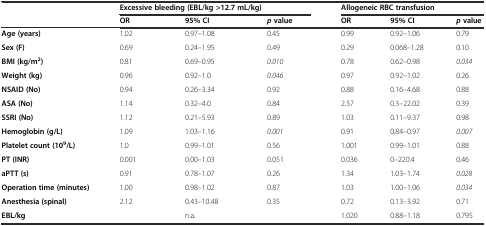
|  | <COLSPAN=3> Excessive bleeding (EBL/kg >12.7 mL/kg) | <COLSPAN=3> Allogeneic RBC transfusion |
 |  | OR | 95% CI | pvalue | OR | 95% CI | pvalue |
 | --- | --- | --- | --- | --- | --- | --- |
 | Age (years) | 1.02 | 0.97–1.08 | 0.45 | 0.99 | 0.92–1.06 | 0.79 |
 | Sex(F) | 0.69 | 0.24–1.95 | 0.49 | 0.29 | 0.068–1.28 | 0.10 |
 | BMI (kg/m2) | 0.81 | 0.69–0.95 | 0.010 | 0.78 | 0.62–0.98 | 0.034 |
 | Weight (kg) | 0.96 | 0.92–1.0 | 0.046 | 0.97 | 0.92–1.02 | 0.26 |
 | NSAID (No) | 0.94 | 0.26–3.34 | 0.92 | 0.88 | 0.16–4.68 | 0.88 |
 | ASA (No) | 1.14 | 0.32–4.0 | 0.84 | 2.57 | 0.3–22.02 | 0.39 |
 | SSRI (No) | 1.12 | 0.21–5.93 | 0.89 | 1.03 | 0.11–9.37 | 0.98 |
 | Hemoglobin (g/L) | 1.09 | 1.03–1.16 | 0.001 | 0.91 | 0.84–0.97 | 0.007 |
 | Platelet count (109/L) | 1.0 | 0.99–1.01 | 0.56 | 1.001 | 0.99–1.01 | 0.88 |
 | PT (INR) | 0.001 | 0.00–1.03 | 0.051 | 0.036 | 0–220.4 | 0.46 |
 | aPTT (s) | 0.91 | 0.78–1.07 | 0.26 | 1.34 | 1.03–1.74 | 0.028 |
 | Operation time (minutes) | 1.00 | 0.98–1.02 | 0.87 | 1.03 | 1.00–1.06 | 0.034 |
 | Anesthesia (spinal) | 2.12 | 0.43–10.48 | 0.35 | 0.72 | 0.13–3.92 | 0.71 |
 | EBL/kg |  | n.a. |  | 1.020 | 0.88–1.18 | 0.795 |